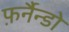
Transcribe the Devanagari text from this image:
फ़र्नैन्डो